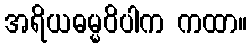
အရိယဓမ္မဝိပါက ကထာ။